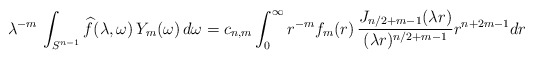
\begin{align*} \lambda^{-m}\, \int_{S^{n-1}} \widehat{f}(\lambda, \omega)\, Y_m(\omega)\, d\omega = c_{n,m} \int_0^\infty r^{-m} f_m(r) \, \frac{J_{n/2+m-1}(\lambda r)}{(\lambda r)^{n/2+m-1}} r^{n+2m-1} dr \end{align*}